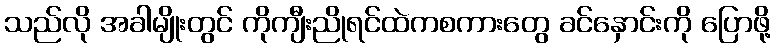
သည်လို အခါမျိုးတွင် ကိုကျီးညိုရင်ထဲကစကားတွေ ခင်နှောင်းကို ပြောဖို့